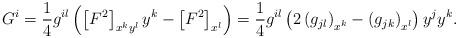
LaTeX: \begin{align*}G^i = \frac{1}{4}g^{il}\left( \left[ F^2 \right]_{x^ky^l} y^k - \left[ F^2 \right]_{x^l} \right) = \frac{1}{4}g^{il}\left( 2\left( g_{jl} \right)_{x^k} - \left( g_{jk} \right)_{x^l} \right)y^jy^k.\end{align*}